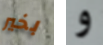
بخير و